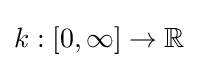
k:[0,\infty ]\rightarrow \mathbb {R}